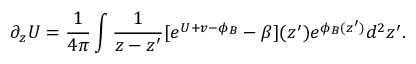
\partial _ { z } U = \frac { 1 } { 4 \pi } \int \frac { 1 } { z - z ^ { \prime } } [ e ^ { U + v - \phi _ { B } } - \beta ] ( z ^ { \prime } ) e ^ { \phi _ { B } ( z ^ { \prime } ) } d ^ { 2 } z ^ { \prime } .